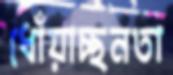
ধোঁয়াচ্ছনতা